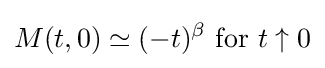
M(t,0)\simeq (-t)^{\beta }{\mbox{ for }}t\uparrow 0